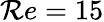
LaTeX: \mathcal{R}e=15